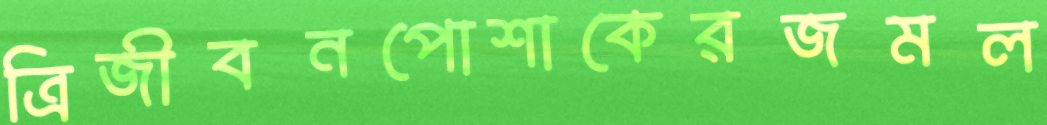
ত্রিজীবনপোশাকেরজমল